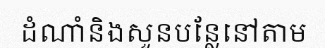
ដំណាំនិងសួនបន្លែនៅតាម